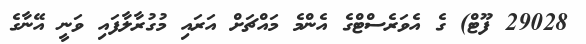
29028 ފޫޓް) ގެ އެވަރެސްޓްގެ އެންމެ މައްޗަށް އަރައި މުގުރާލާފައި ވަނީ އޭނާގެ